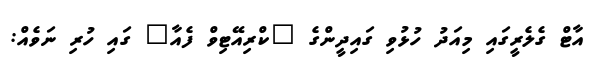
އާޓް ގެލެރީގައި މިއަދު ހުޅުވި ގައިދީންގެ "ކްރިއޭޓިވް ފެއާ" ގައި ހުރި ނަވެއް: